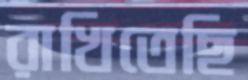
রাখিতেছি